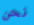
نحن